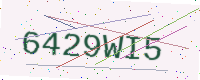
Text: 6429WI5